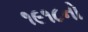
૧૯૧૮નો